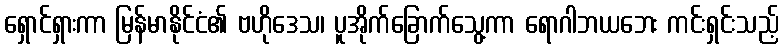
ရှောင်ရှားကာ မြန်မာနိုင်ငံ၏ ဗဟိုဒေသ၊ ပူအိုက်ခြောက်သွေ့ကာ ရောဂါဘယဘေး ကင်းရှင်းသည့်